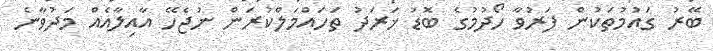
ބޭރު ގައުމުތަކުން ފަރުވާ ހޯދުމުގެ ބޮޑު ޚަރަދު ތަހައްމަލްކުރަން ނުޖެހޭ އާއިލާއެއް މަދުވާނެ